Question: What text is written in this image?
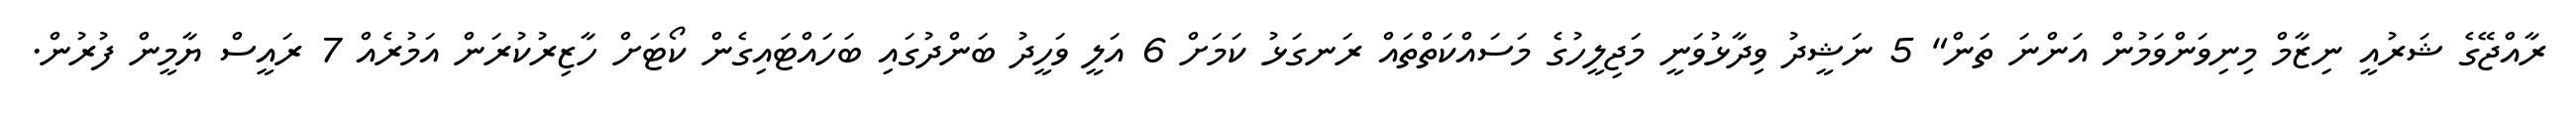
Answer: ރާއްޖޭގެ ޝަރުއީ ނިޒާމް މިނިވަންވަމުން އަންނަ ތަން" 5 ނަޝީދު ވިދާޅުވަނީ މަޖިލީހުގެ މަސައްކަތްތައް ރަނގަޅު ކަމަށް 6 އަލީ ވަހީދު ބަންދުގައި ބަހައްޓައިގެން ކޯޓަށް ހާޒިރުކުރަން އަމުރެއް 7 ރައީސް ޔާމީން ފުރުން.